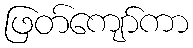
ဖြတ်ကျော်ကာ